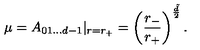
\mu = A _ { 0 1 . . . d - 1 } | _ { r = r _ { + } } = \left( \frac { r _ { - } } { r _ { + } } \right) ^ { \frac { \tilde { d } } { 2 } } .